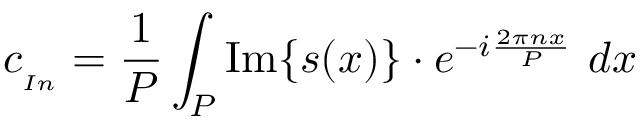
c _ { _ { I n } } = { \frac { 1 } { P } } \int _ { P } \operatorname { I m } \{ s ( x ) \} \cdot e ^ { - i { \frac { 2 \pi n x } { P } } } \ d x